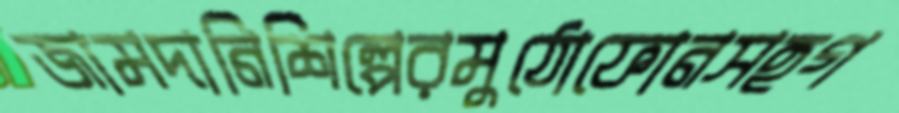
জামদানিশিল্পেরমুঠোফোনসহগ